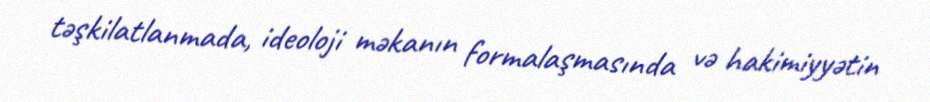
təşkilatlanmada, ideoloji məkanın formalaşmasında və hakimiyyətin